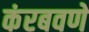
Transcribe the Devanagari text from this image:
कंरबवणे